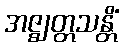
အဇ္ဈတ္တသန္တိံ